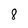
Character: 8